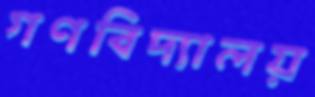
গণবিদ্যালয়